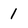
Character: 1